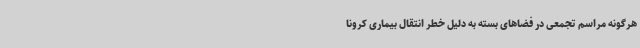
هرگونه مراسم تجمعی در فضاهای بسته به دلیل خطر انتقال بیماری کرونا